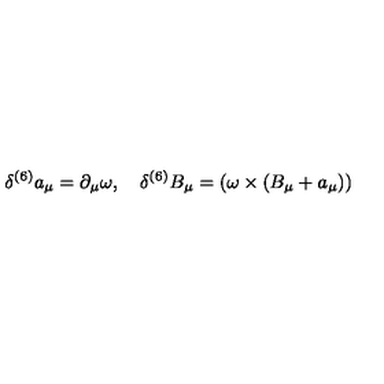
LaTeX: \delta ^ { ( 6 ) } a _ { \mu } = \partial _ { \mu } \omega , \quad \delta ^ { ( 6 ) } B _ { \mu } = ( \omega \times ( B _ { \mu } + a _ { \mu } ) )